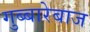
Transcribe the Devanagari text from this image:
गुब्बारेबाज